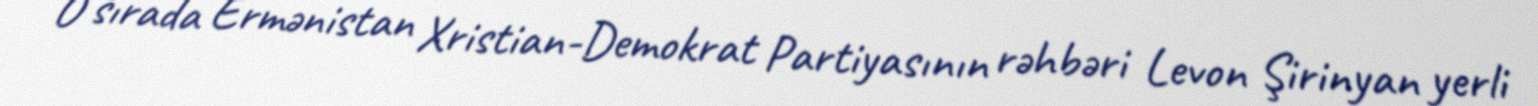
O sırada Ermənistan Xristian-Demokrat Partiyasının rəhbəri Levon Şirinyan yerli